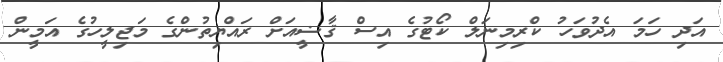
އަދި ހަމަ އެދުވަހު ކްރިމިނަލް ކޯޓުގެ އިސް ޤާޟީއަށް ރައްޔިތުންގެ މަޖިލީހުގެ އަމީން